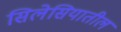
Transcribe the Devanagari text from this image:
सिलेसियातील